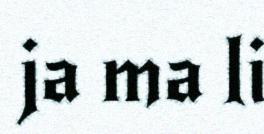
ja ma li